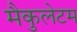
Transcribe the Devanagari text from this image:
मैकुलेटम